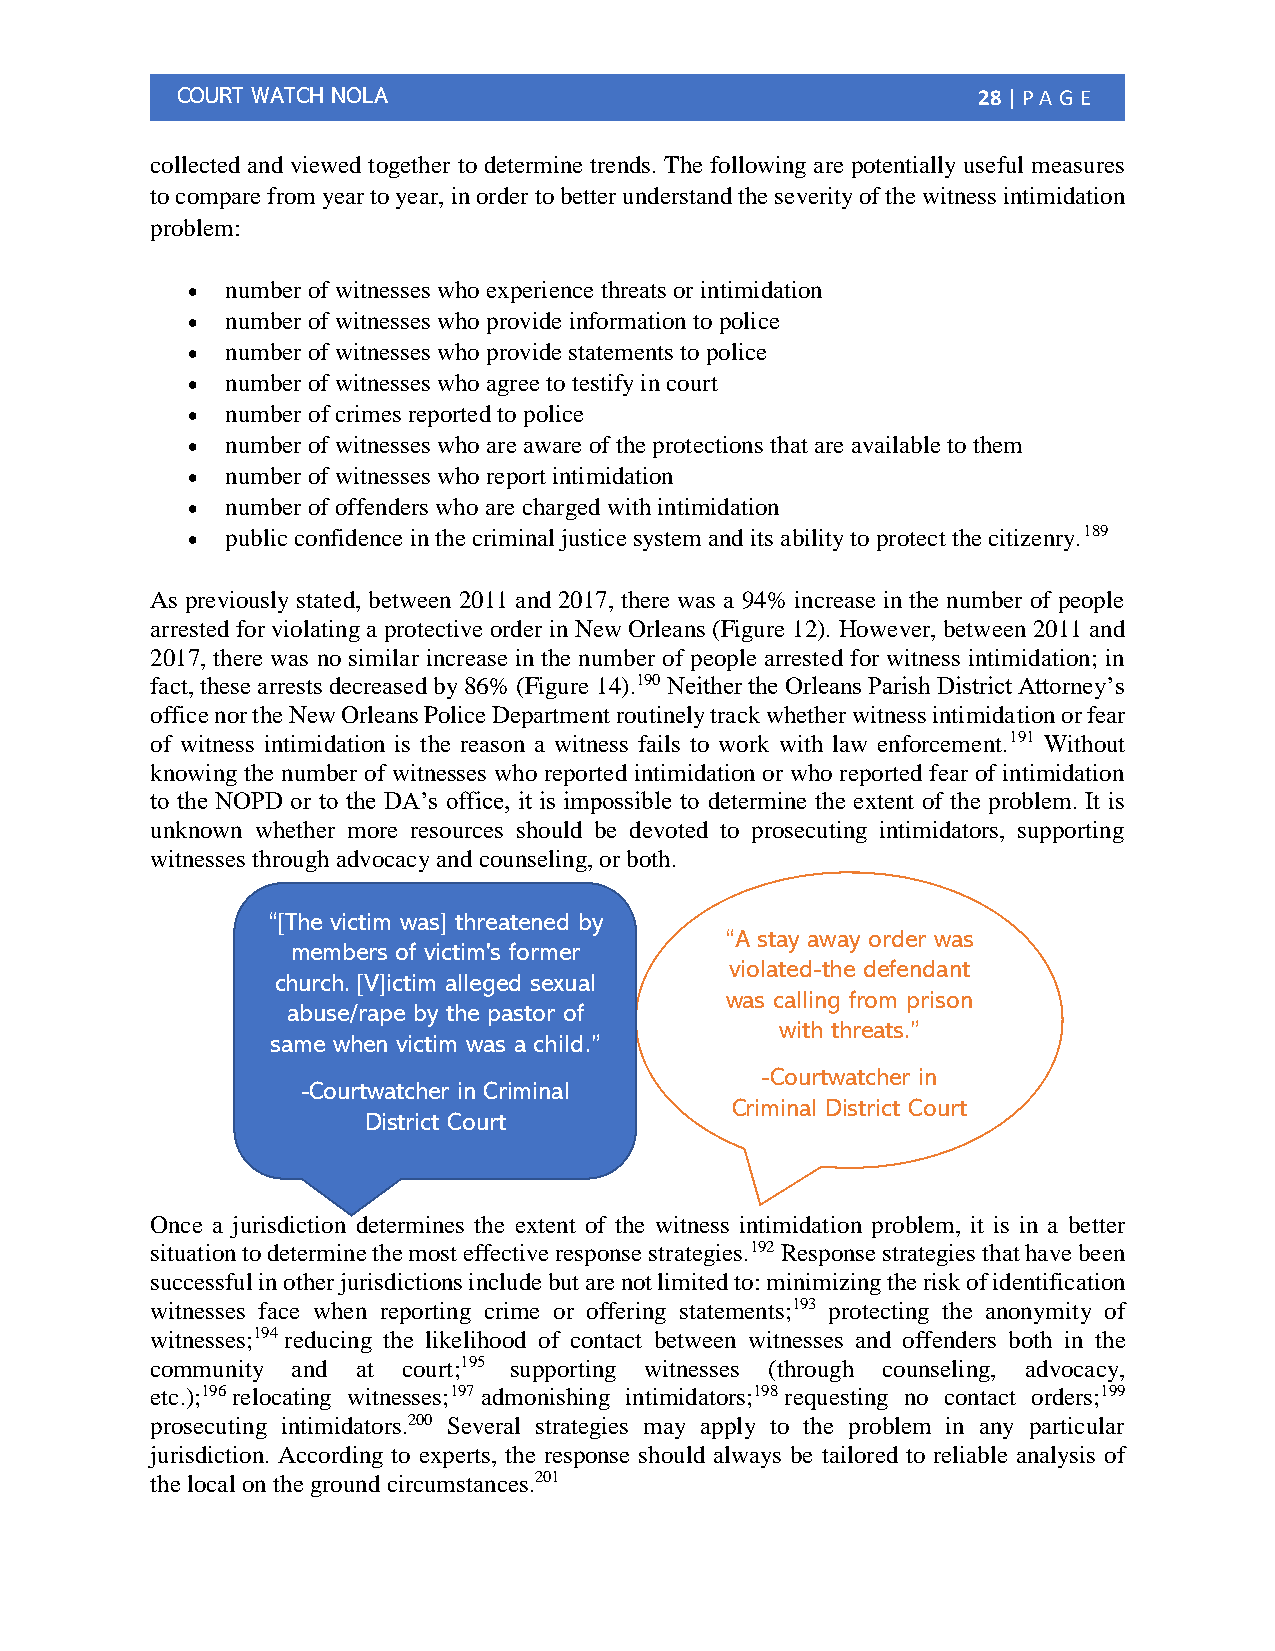
COURT WATCH NOLA                                     28 | PA G E
 collected and viewed together to determine trends. The following are potentially useful measures
 to compare from year to year, in order to better understand the severity of the witness intimidation
 problem:
 •  number of witnesses who experience threats or intimidation
 •  number of witnesses who provide information to police
 •  number of witnesses who provide statements to police
 •  number of witnesses who agree to testify in court
 •  number of crimes reported to police
 •  number of witnesses who are aware of the protections that are available to them
 •  number of witnesses who report intimidation
 •  number of offenders who are charged with intimidation
 •  public confidence in the criminal justice system and its ability to protect the citizenry.189
 As previously stated, between 2011 and 2017, there was a 94% increase in the number of people
 arrested for violating a protective order in New Orleans (Figure 12). However, between 2011 and
 2017, there was no similar increase in the number of people arrested for witness intimidation; in
 fact, these arrests decreased by 86% (Figure 14).190 Neither the Orleans Parish District Attorney’s
 office nor the New Orleans Police Department routinely track whether witness intimidation or fear
 of witness intimidation is the reason a witness fails to work with law enforcement.191 Without
 knowing the number of witnesses who reported intimidation or who reported fear of intimidation
 to the NOPD or to the DA’s office, it is impossible to determine the extent of the problem. It is
 unknown whether more resources should be devoted to prosecuting intimidators, supporting
 witnesses through advocacy and counseling, or both.
 “[The victim was] threatened by
 “A stay away order was
 members of victim's former
 violated-the defendant
 church. [V]ictim alleged sexual
 was calling from prison
 abuse/rape by the pastor of
 with threats.”
 same when victim was a child.”
 -Courtwatcher in
 -Courtwatcher in Criminal
 Criminal District Court
 District Court
 Once a jurisdiction determines the extent of the witness intimidation problem, it is in a better
 situation to determine the most effective response strategies.192 Response strategies that have been
 successful in other jurisdictions include but are not limited to: minimizing the risk of identification
 witnesses face when reporting crime or offering statements;193 protecting the anonymity of
 witnesses;194 reducing the likelihood of contact between witnesses and offenders both in the
 community and at court;195 supporting witnesses (through counseling, advocacy,
 etc.);196 relocating witnesses;197 admonishing intimidators;198 requesting no contact orders;199
 prosecuting intimidators.200 Several strategies may apply to the problem in any particular
 jurisdiction. According to experts, the response should always be tailored to reliable analysis of
 the local on the ground circumstances.201